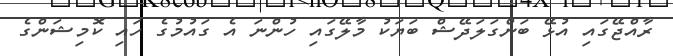
ރާއްޖޭގައި އުޅޭ ބަންގަލަދޭޝް ބަޔަކު މާލޭގައި ހުންނަ އެ ގައުމުގެ ހައި ކޮމިޝަންގެ